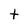
Character: t